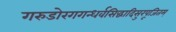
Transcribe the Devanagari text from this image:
गरुडोरगगन्धर्वसिद्धादिसुरपूजितम्